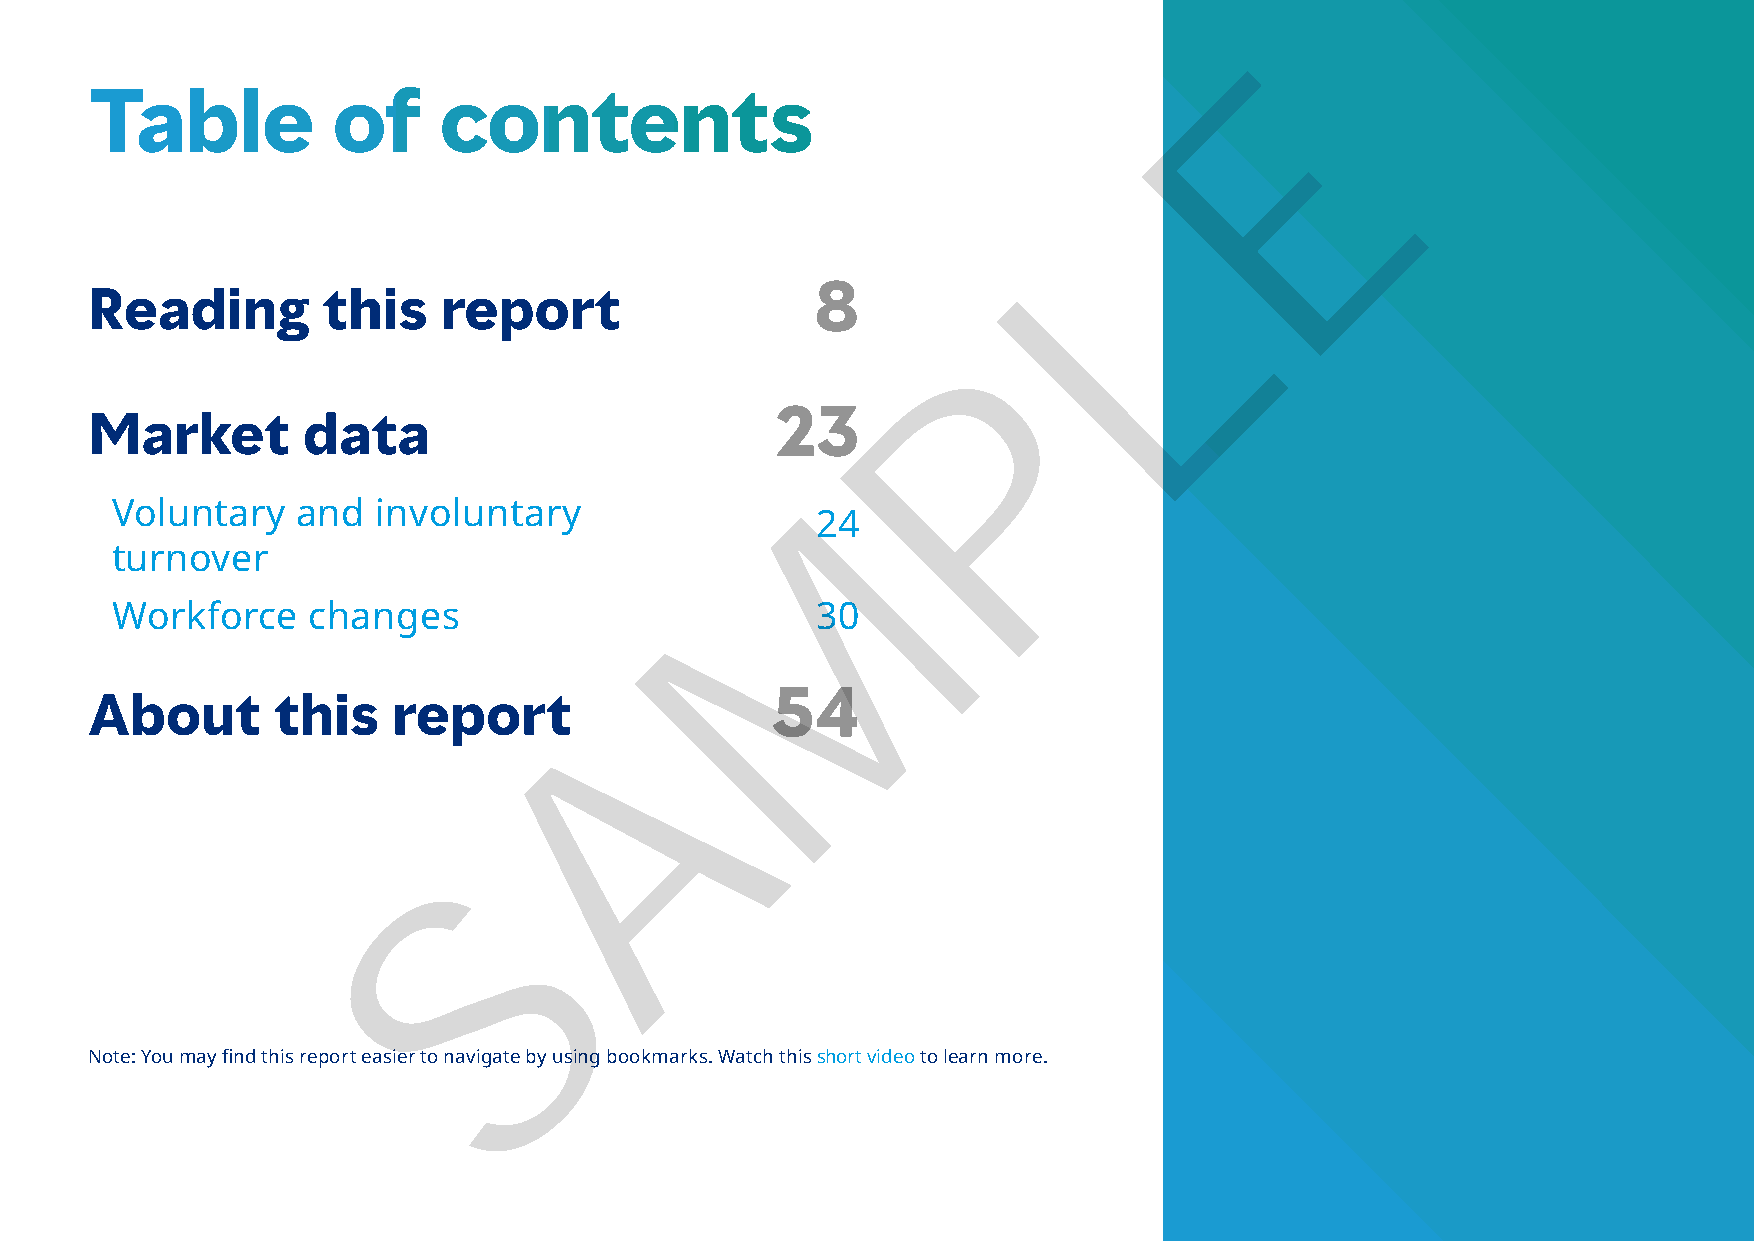
E
 Table           of     contents
 L
 8
 Reading        this    report
 P
 23
 Market        data
 M
 Voluntary    and  involuntary
 24
 turnover
 Workforce    changes                           30
 A
 54
 About       this    report
 S
 Note: You may find this report easier to navigate by using bookmarks. Watch this short video to learn more.